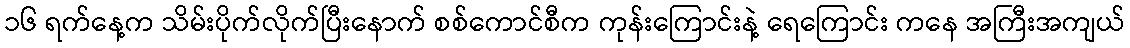
၁၆ ရက်နေ့က သိမ်းပိုက်လိုက်ပြီးနောက် စစ်ကောင်စီက ကုန်းကြောင်းနဲ့ ရေကြောင်း ကနေ အကြီးအကျယ်